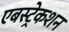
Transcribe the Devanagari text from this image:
एबस्ट्रेकशन